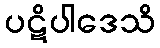
ပဋိပါဒေသိ